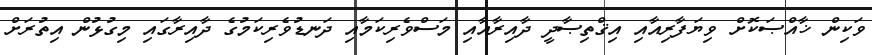
ވަކިން ޚާއްޞަކޮށް ވިޔަފާރިއާއި އިޤްތިޞާދީ ދާއިރާއާއި މަސްވެރިކަމާއި ދަނޑުވެރިކަމުގެ ދާއިރާގައި މިގުޅުން އިތުރަށް